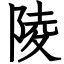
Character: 陵